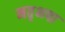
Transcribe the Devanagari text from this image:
मतृभषा